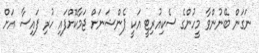
ނަގަން ބޭނުންވާ މީހުންގެ ސެކިއުރިޓީ އަކީ ޕެންޝަނަށް ޖަމާކޮށްފައި ހުރި ފައިސާ އަށް